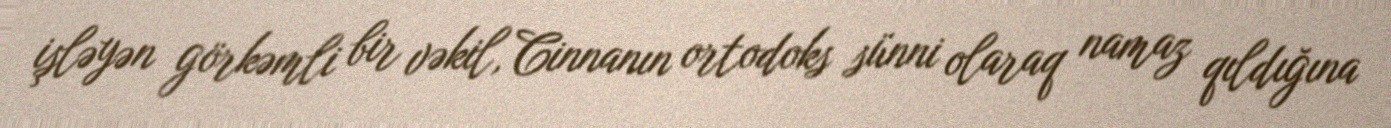
işləyən görkəmli bir vəkil, Cinnanın ortodoks sünni olaraq namaz qıldığına